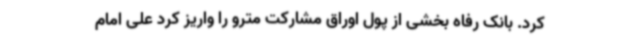
کرد. بانک رفاه بخشی از پول اوراق مشارکت مترو را واریز کرد علی امام